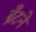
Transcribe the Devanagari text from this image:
ब्रँटने